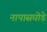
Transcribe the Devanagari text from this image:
नापासघोडे